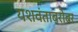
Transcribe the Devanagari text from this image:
यशवंताबरोबर